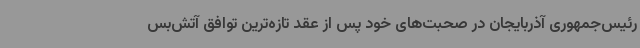
رئیس‌جمهوری آذربایجان در صحبت‌های خود پس از عقد تازه‌ترین توافق آتش‌بس